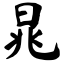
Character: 晁